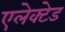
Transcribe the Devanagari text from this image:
एलेक्टेड